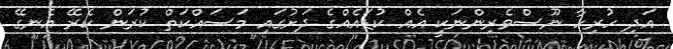
އަދި ހުރިހާ ނޫސްވެރިންނަކީ އެއް ކުޑައެއްގެ ދަށުގައި މަސައްކަތް ކުރަން ކެރޭ އެނގޭ